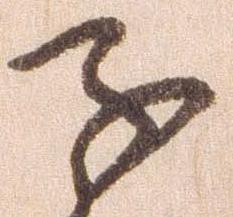
子